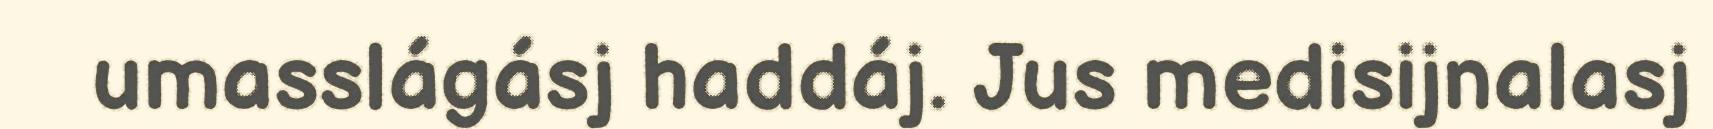
umasslágásj haddáj. Jus medisijnalasj